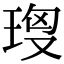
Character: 𤥘